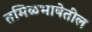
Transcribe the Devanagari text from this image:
तमिळभाषेतील